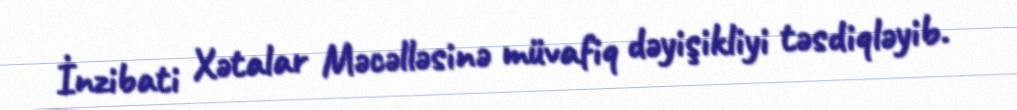
İnzibati Xətalar Məcəlləsinə müvafiq dəyişikliyi təsdiqləyib.